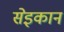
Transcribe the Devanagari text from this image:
सेइकान